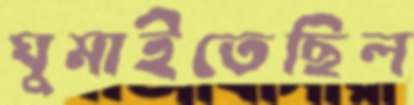
ঘুমাইতেছিল